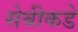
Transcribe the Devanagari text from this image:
सेबीकडे